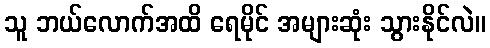
သူ ဘယ်လောက်အထိ ရေမိုင် အများဆုံး သွားနိုင်လဲ။